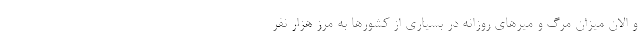
و الان میزان مرگ و میرهای روزانه در بسیاری از کشورها به مرز هزار نفر